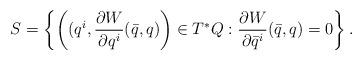
LaTeX: \begin{align*} S=\left\{\left((q^i,\frac{\partial W}{\partial q^i}(\bar{q},q)\right)\in T^*Q: \frac{\partial W}{\partial \bar{q}^i}(\bar{q},q)=0 \right\}.\end{align*}